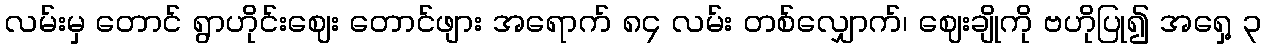
လမ်းမှ တောင် ရွာဟိုင်းဈေး တောင်ဖျား အရောက် ၈၄ လမ်း တစ်လျှောက်၊ ဈေးချိုကို ဗဟိုပြု၍ အရှေ့ ၃